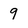
Character: 9